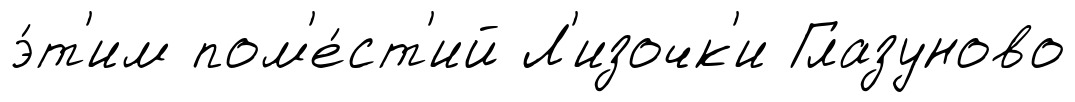
э́т'им пом'е́ст'ий Л'изочк'и Глазуново